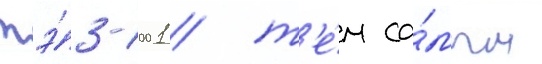
тэ́3-1001 / т'е́м са́мым